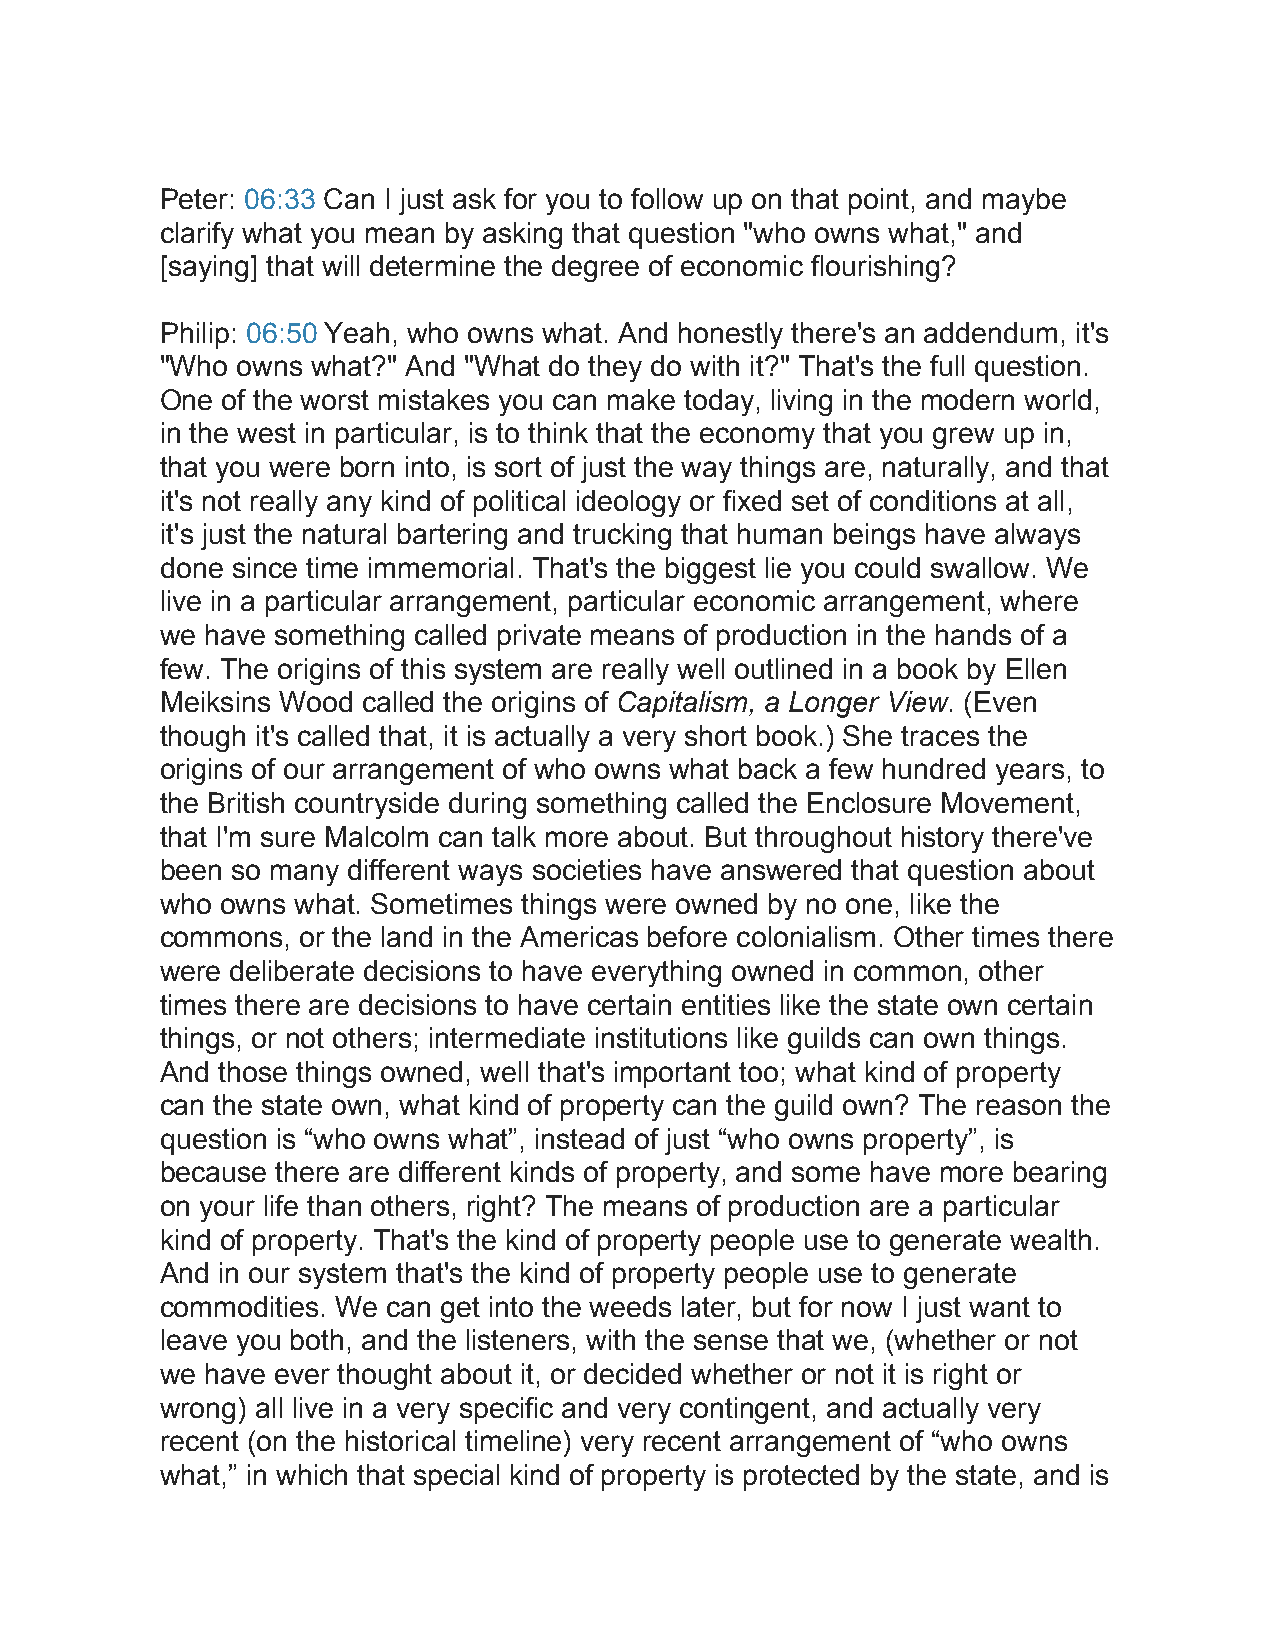
Peter: 06:33 Can I just ask for you to follow up on that point, and maybe
 clarify what you mean by asking that question "who owns what," and
 [saying] that will determine the degree of economic flourishing?
 Philip: 06:50 Yeah, who owns what. And honestly there's an addendum, it's
 "Who owns what?" And "What do they do with it?" That's the full question.
 One of the worst mistakes you can make today, living in the modern world,
 in the west in particular, is to think that the economy that you grew up in,
 that you were born into, is sort of just the way things are, naturally, and that
 it's not really any kind of political ideology or fixed set of conditions at all,
 it's just the natural bartering and trucking that human beings have always
 done since time immemorial. That's the biggest lie you could swallow. We
 live in a particular arrangement, particular economic arrangement, where
 we have something called private means of production in the hands of a
 few. The origins of this system are really well outlined in a book by Ellen
 Meiksins Wood called the origins of Capitalism, a Longer View. (Even
 though it's called that, it is actually a very short book.) She traces the
 origins of our arrangement of who owns what back a few hundred years, to
 the British countryside during something called the Enclosure Movement,
 that I'm sure Malcolm can talk more about. But throughout history there've
 been so many different ways societies have answered that question about
 who owns what. Sometimes things were owned by no one, like the
 commons, or the land in the Americas before colonialism. Other times there
 were deliberate decisions to have everything owned in common, other
 times there are decisions to have certain entities like the state own certain
 things, or not others; intermediate institutions like guilds can own things.
 And those things owned, well that's important too; what kind of property
 can the state own, what kind of property can the guild own? The reason the
 question is “who owns what”, instead of just “who owns property”, is
 because there are different kinds of property, and some have more bearing
 on your life than others, right? The means of production are a particular
 kind of property. That's the kind of property people use to generate wealth.
 And in our system that's the kind of property people use to generate
 commodities. We can get into the weeds later, but for now I just want to
 leave you both, and the listeners, with the sense that we, (whether or not
 we have ever thought about it, or decided whether or not it is right or
 wrong) all live in a very specific and very contingent, and actually very
 recent (on the historical timeline) very recent arrangement of “who owns
 what,” in which that special kind of property is protected by the state, and is